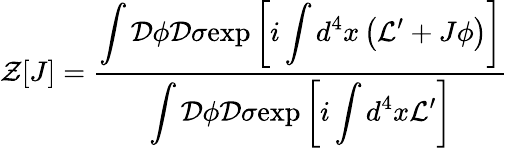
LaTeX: \mathcal{Z}[J]=\frac{\displaystyle\int\mathcal{D}\phi\mathcal{D}\sigma\mathrm{exp}\left[i\displaystyle\int d^{4}x\left(\mathcal{L}^{\prime}+J\phi\right)\right]}{\displaystyle\int\mathcal{D}\phi\mathcal{D}\sigma\mathrm{exp}\left[i\displaystyle\int d^{4}x\mathcal{L}^{\prime}\right]}